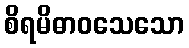
စိရမိဓာဝသေသော